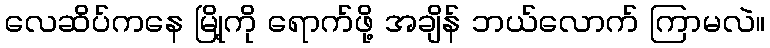
လေဆိပ်ကနေ မြို့ကို ရောက်ဖို့ အချိန် ဘယ်လောက် ကြာမလဲ။